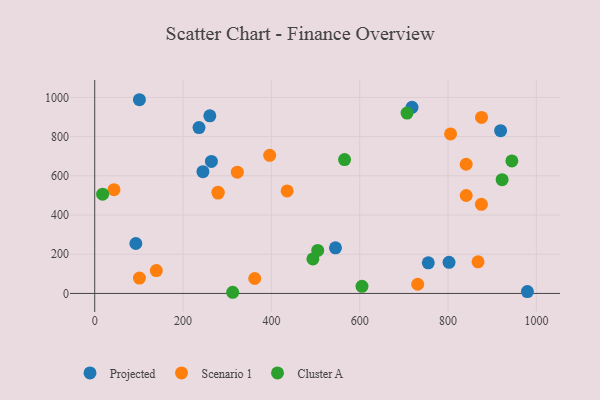
{"axis": {"x": "Distance", "y": "Demand"}, "legend": ["Cluster A", "Projected", "Scenario 1"], "data": [{"x": "101.2", "y": 988.3, "type": "Projected"}, {"x": "718.4", "y": 949.4, "type": "Projected"}, {"x": "755.2", "y": 156.3, "type": "Projected"}, {"x": "545.1", "y": 232.9, "type": "Projected"}, {"x": "802.2", "y": 158.9, "type": "Projected"}, {"x": "236.1", "y": 846.4, "type": "Projected"}, {"x": "260.6", "y": 906.1, "type": "Projected"}, {"x": "979.6", "y": 9.5, "type": "Projected"}, {"x": "93.1", "y": 254.8, "type": "Projected"}, {"x": "919.0", "y": 830.4, "type": "Projected"}, {"x": "245.0", "y": 621.2, "type": "Projected"}, {"x": "264.2", "y": 673.7, "type": "Projected"}, {"x": "279.2", "y": 516.5, "type": "Scenario 1"}, {"x": "43.6", "y": 529.2, "type": "Scenario 1"}, {"x": "841.1", "y": 499.7, "type": "Scenario 1"}, {"x": "396.1", "y": 704.5, "type": "Scenario 1"}, {"x": "875.8", "y": 898.1, "type": "Scenario 1"}, {"x": "322.9", "y": 618.6, "type": "Scenario 1"}, {"x": "805.7", "y": 813.8, "type": "Scenario 1"}, {"x": "139.5", "y": 116.5, "type": "Scenario 1"}, {"x": "875.5", "y": 454.6, "type": "Scenario 1"}, {"x": "101.2", "y": 78.5, "type": "Scenario 1"}, {"x": "279.4", "y": 512.2, "type": "Scenario 1"}, {"x": "435.7", "y": 523.1, "type": "Scenario 1"}, {"x": "362.3", "y": 76.1, "type": "Scenario 1"}, {"x": "731.3", "y": 46.8, "type": "Scenario 1"}, {"x": "841.0", "y": 659.0, "type": "Scenario 1"}, {"x": "867.9", "y": 161.1, "type": "Scenario 1"}, {"x": "17.9", "y": 506.5, "type": "Cluster A"}, {"x": "922.4", "y": 580.4, "type": "Cluster A"}, {"x": "312.4", "y": 5.9, "type": "Cluster A"}, {"x": "707.2", "y": 920.1, "type": "Cluster A"}, {"x": "565.7", "y": 683.0, "type": "Cluster A"}, {"x": "944.5", "y": 675.8, "type": "Cluster A"}, {"x": "605.1", "y": 36.3, "type": "Cluster A"}, {"x": "504.9", "y": 219.6, "type": "Cluster A"}, {"x": "494.0", "y": 176.3, "type": "Cluster A"}]}